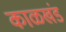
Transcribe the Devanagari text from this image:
काळखंड